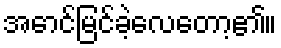
အောင်မြင်ခဲ့လေတော့၏။